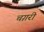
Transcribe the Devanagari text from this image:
चग़री